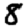
Digit: 8